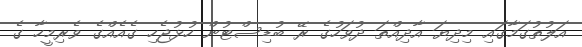
އަލުތުގަމާގައި މިދިޔަ އާދިއްތަ ދުވަހުގެ ރޭ ބުޑިސްޓުން ހުޅުޖެހި ގެއެއްގެ ވެރިމީހާ ގެ